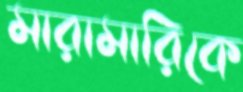
মারামারিকে